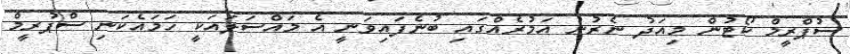
ސުޕްރީމް ކޯޓުން މިއަދު ނެރުނު އަމުރެއްގައި ބުނެފައިވަނީ އެ މައްސަލައަކީ ހަމައެކަނި ސްޕުރީމް